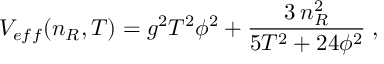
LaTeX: V _ { e f f } ( n _ { R } , T ) = g ^ { 2 } T ^ { 2 } \phi ^ { 2 } + { \frac { 3 \: n _ { R } ^ { 2 } } { 5 T ^ { 2 } + 2 4 \phi ^ { 2 } } } \; ,